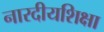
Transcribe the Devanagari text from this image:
नारदीयशिक्षा